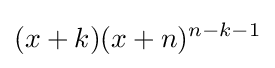
(x+k)(x+n)^{n-k-1}